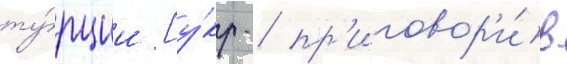
ту́рции [у́кр. / пр'иговор'и́в